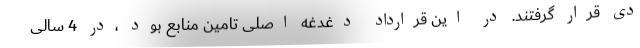
دی قرار گرفتند. در این قرارداد دغدغه اصلی تامین منابع بود ،در 4 سالی